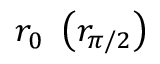
r _ { 0 } \ \left( r _ { \pi / 2 } \right)